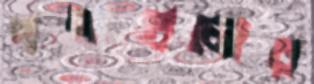
পণ্যগুলোর